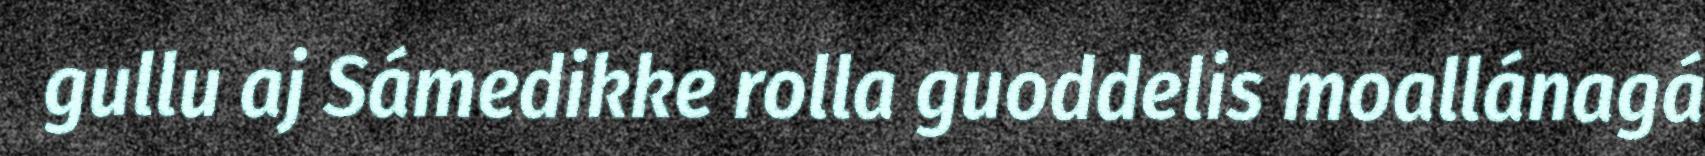
gullu aj Sámedikke rolla guoddelis moallánagá